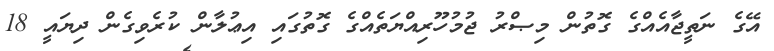
އޭގެ ނަތީޖާއެއްގެ ގޮތުން މިޞްރު ޖުމުހޫރިއްޔަތެއްގެ ގޮތުގައި އިޢުލާން ކުރެވިގެން ދިޔައީ 18